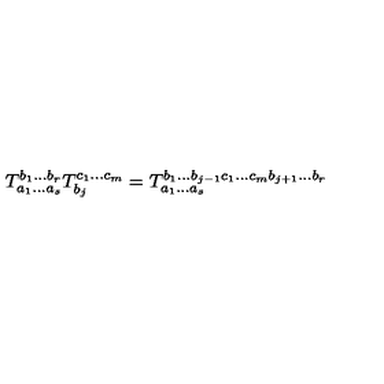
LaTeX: T _ { a _ { 1 } \ldots a _ { s } } ^ { b _ { 1 } \ldots b _ { r } } T _ { b _ { j } } ^ { c _ { 1 } \ldots c _ { m } } = T _ { a _ { 1 } \ldots a _ { s } } ^ { b _ { 1 } \ldots b _ { j - 1 } c _ { 1 } \ldots c _ { m } b _ { j + 1 } \ldots b _ { r } }